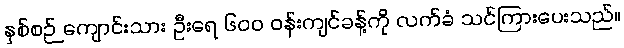
နှစ်စဉ် ကျောင်းသား ဦးရေ ၆၀၀ ဝန်းကျင်ခန့်ကို လက်ခံ သင်ကြားပေးသည်။